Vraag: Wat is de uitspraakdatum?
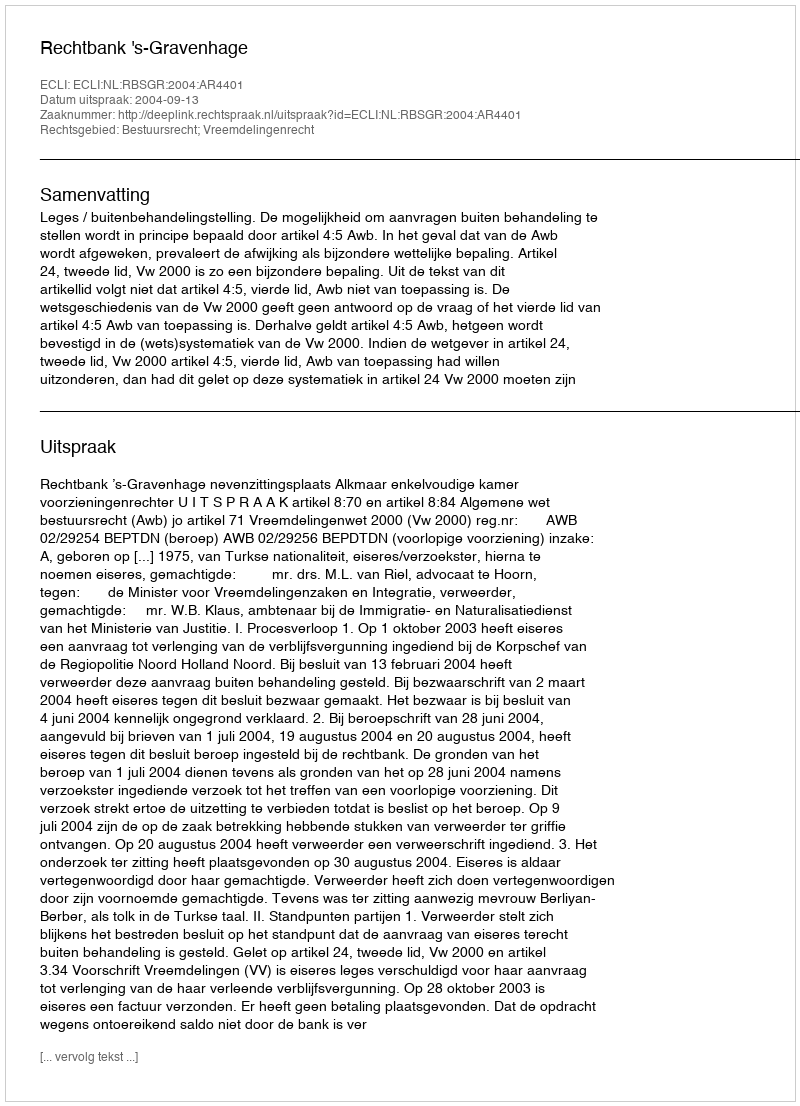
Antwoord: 2004-09-13